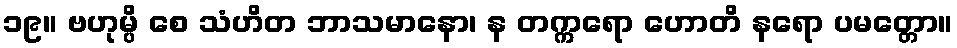
၁၉။ ဗဟုမ္ပိ စေ သံဟိတ ဘာသမာနော၊ န တက္ကရော ဟောတိ နရော ပမတ္တော။